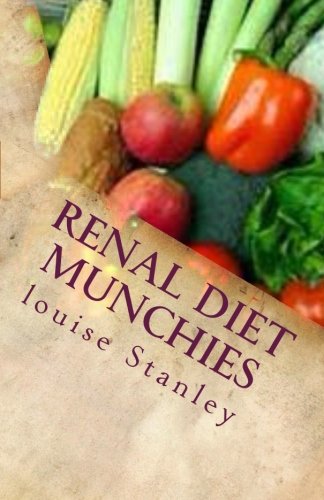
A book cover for Renal Diet MUNCHIES: Kidney-Friendly Smoothies, Snacks & Sandwiches; louise Stanley; Cookbooks, Food & Wine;